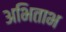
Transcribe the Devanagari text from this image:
अभिताभ